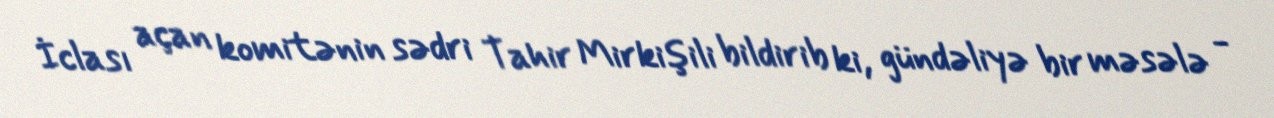
İclası açan komitənin sədri Tahir Mirkişili bildirib ki, gündəliyə bir məsələ -